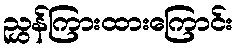
ညွှန်ကြားထားကြောင်း